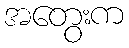
အတွေးက